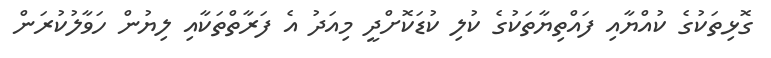
ގޮޅިތަކުގެ ކުއްޔާއި ފައްތިޔާތަކުގެ ކުލި ކުޑަކޮށްދީ މިއަދު އެ ފަރާތްތަކާއި ލިޔުން ހަވާލުކުރަން